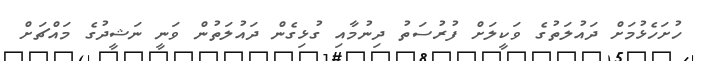
ހުށަހެޅުމަށް ދައުލަތުގެ ވަކީލަށް ފުރުސަތު ދިނުމާއި ގުޅިގެން ދައުލަތުން ވަނީ ނަޝީދުގެ މައްޗަށް